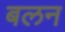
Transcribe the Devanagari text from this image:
बलन